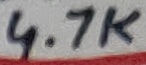
Text: 4.7K